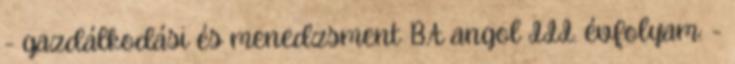
- gazdálkodási és menedzsment BA angol III. évfolyam: -